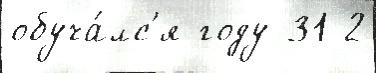
обуча́лс'я году 31 2